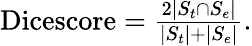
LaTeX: \begin{array}{r}{\textrm{Dicescore}=\frac{2|S_{t}\cap S_{e}|}{|S_{t}|+|S_{e}|}.}\end{array}